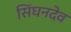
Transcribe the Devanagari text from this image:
सिंघनदेव